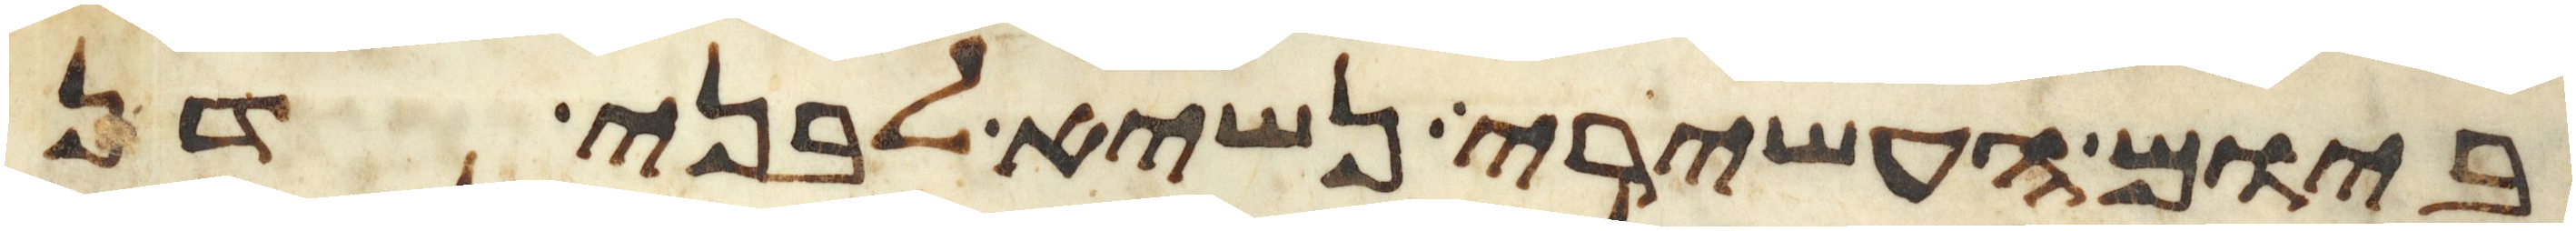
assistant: ביום העשירי נשיא לבני דן